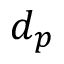
d _ { p }